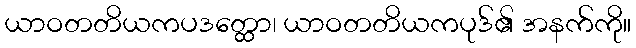
ယာဝတတိယကပဒတ္ထော၊ ယာဝတတိယကပုဒ်၏ အနက်ကို။